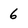
Character: 6